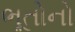
ભૂતોનો